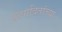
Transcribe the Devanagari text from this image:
उत्पादितांच्या